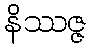
နိဿဇ္ဇ